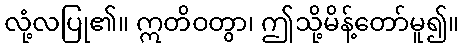
လုံ့လပြု၏။ ဣတိဝတွာ၊ ဤသို့မိန့်တော်မူ၍။